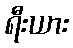
ရီးယား